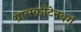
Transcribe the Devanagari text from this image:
ग्रासक्रोटेनबर्ग